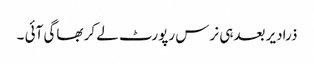
ذرادیر بعدہی نرس رپورٹ لے کر بھاگی آئی ۔